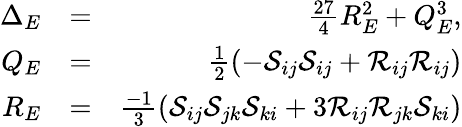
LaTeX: \begin{array}{rlr}{{\Delta_{E}}}&{=}&{\frac{27}{4}R_{E}^{2}+Q_{E}^{3},}\\ {{Q_{E}}}&{=}&{\frac{1}{2}(-\mathcal{S}_{ij}\mathcal{S}_{ij}+\mathcal{R}_{ij}\mathcal{R}_{ij})}\\ {{R_{E}}}&{=}&{\frac{-1}{3}(\mathcal{S}_{ij}\mathcal{S}_{jk}\mathcal{S}_{ki}+3\mathcal{R}_{ij}\mathcal{R}_{jk}\mathcal{S}_{ki})}\end{array}